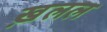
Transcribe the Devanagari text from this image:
ख़लल